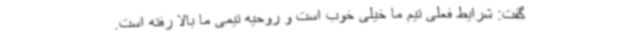
گفت: شرایط فعلی تیم ما خیلی خوب است و روحیه تیمی ما بالا رفته است.